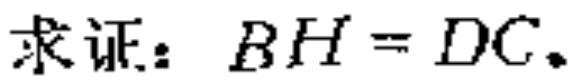
求证：$BH = DC.$